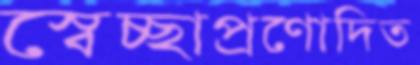
স্বেচ্ছাপ্রণোদিত